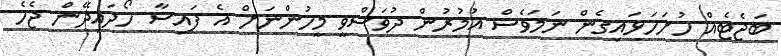
ބަޖެޓެއް ހުށަހަޅައިގެން ނަމަވެސް އުމުރުން ދުވަސްވީ މީހުންނަށް އެ ފައިސާ ހޯދައިދޭން ޖެހެ